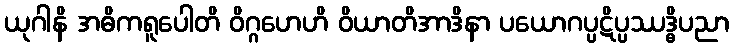
ယုဂါနိ အဓိကရူပေါတိ ဝိဂ္ဂဟေဟိ ဝိယာတိအာဒိနာ ပယောဂပ္ပဋိပ္ပဿဒ္ဓိပညာ